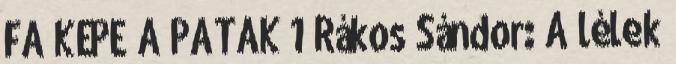
FA KÉPE A PATAK 1 Rákos Sándor: A lélek